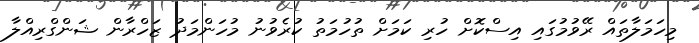
މިހަމަލާތައް ރޭވުމުގައި އިސްކޮށް ހުރި ކަމަށް ތުހުމަތު ކުރެވުނު މުހަންމަދު ޒަހްރާން ޝަންގްރިއްލާ